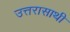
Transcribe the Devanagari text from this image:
उत्तरासाथी